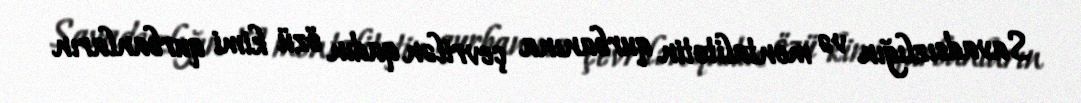
Savadsızlığın və mentalitetin qurbanına çevrilən qadın özü kimi qurbanların